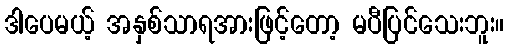
ဒါပေမယ့် အနှစ်သာရအားဖြင့်တော့ မပီပြင်သေးဘူး။